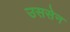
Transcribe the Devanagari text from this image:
उससेन